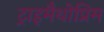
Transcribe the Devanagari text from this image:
ट्राइमैथोप्रिम